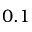
0 . 1